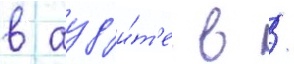
в ауд'и́т'е в /